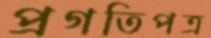
প্রগতিপত্র